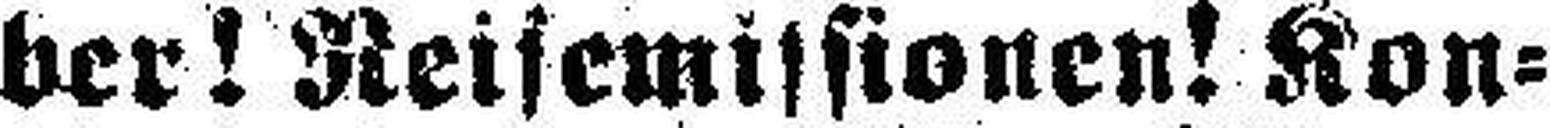
ber! Reisemissionen! Kon¬